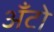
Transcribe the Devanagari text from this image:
अँटो